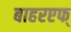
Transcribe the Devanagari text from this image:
बाहरएफ्